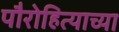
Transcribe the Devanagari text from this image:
पौरोहित्याच्या